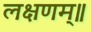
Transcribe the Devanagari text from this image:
लक्षणम्‌॥